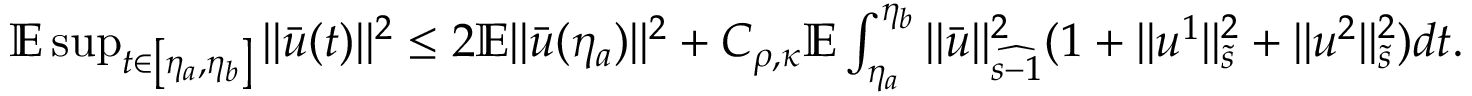
\begin{array} { r } { \mathbb { E } \operatorname* { s u p } _ { t \in \left[ \eta _ { a } , \eta _ { b } \right] } \| \bar { u } ( t ) \| ^ { 2 } \leq 2 \mathbb { E } \| \bar { u } ( \eta _ { a } ) \| ^ { 2 } + C _ { \rho , \kappa } \mathbb { E } \int _ { \eta _ { a } } ^ { \eta _ { b } } \| \bar { u } \| _ { \widehat { s - 1 } } ^ { 2 } ( 1 + \| u ^ { 1 } \| _ { \tilde { s } } ^ { 2 } + \| u ^ { 2 } \| _ { \tilde { s } } ^ { 2 } ) d t . } \end{array}